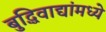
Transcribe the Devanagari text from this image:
बुद्धिवाद्यांंमध्ये